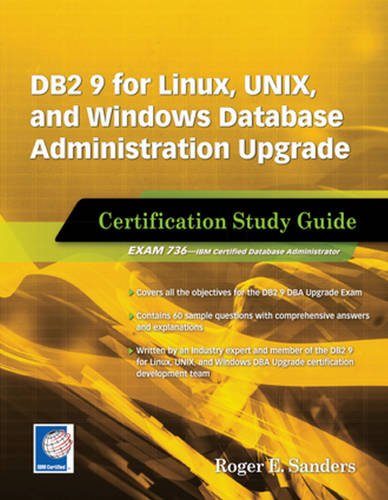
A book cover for DB2 9 for Linux, UNIX, and Windows Database Administration Upgrade: Certification Study Guide; Roger E. Sanders; Computers & Technology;